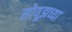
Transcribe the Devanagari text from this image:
सोयूझच्या